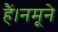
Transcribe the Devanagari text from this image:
हैं।नमूने